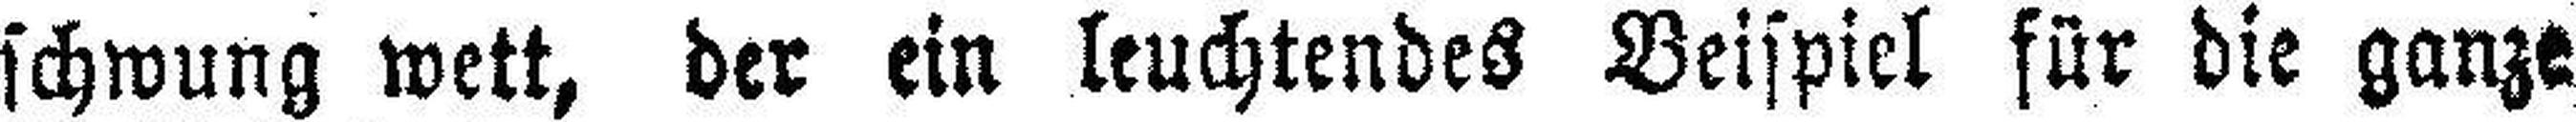
schwung wett, der ein leuchtendes Beispiel für die ganze